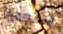
يبتعدوا